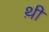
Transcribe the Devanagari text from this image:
थ़ी